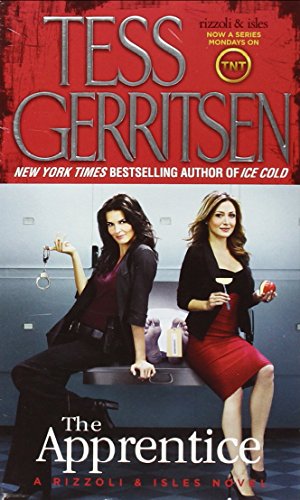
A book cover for The Apprentice- Tess Gerritsen; Tess Gerritsen; Mystery, Thriller & Suspense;